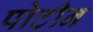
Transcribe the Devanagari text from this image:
पोटीन